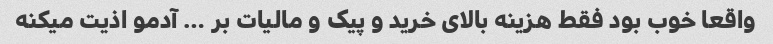
واقعا خوب بود فقط هزینه بالای خرید و پیک و مالیات بر … آدمو اذیت میکنه